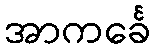
အာကင်္ခေ